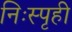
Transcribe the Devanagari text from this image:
निःस्पृही